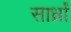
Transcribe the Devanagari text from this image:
सार्ध्रां